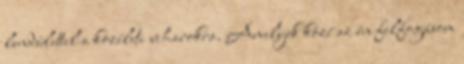
lendülettel a közéleti viharokra. Amelyek közé az én felfogásom